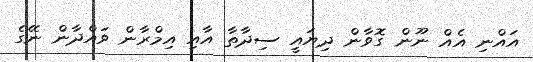
އައްނި އެއް ނޫން ގޮވާން ދިޔައީ ސިދާތާ އާއި އިމްރާން ވައްދާން ނޭގެ